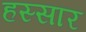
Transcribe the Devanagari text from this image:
हस्सार